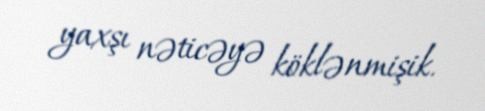
yaxşı nəticəyə köklənmişik.